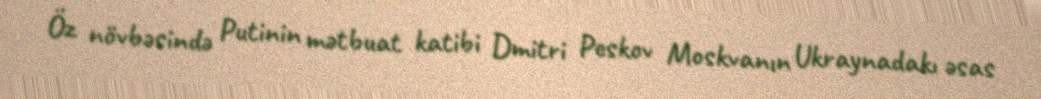
Öz növbəsində Putinin mətbuat katibi Dmitri Peskov Moskvanın Ukraynadakı əsas